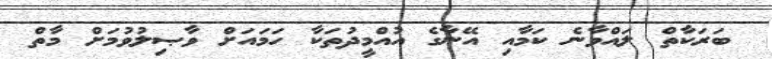
ބަރަކާތް ލައްވާނެ ކަމާއި އޭނާގެ އުއްމީދުތަކާ ހަމައަށް ވާޞިލުވުމަށް މާތް